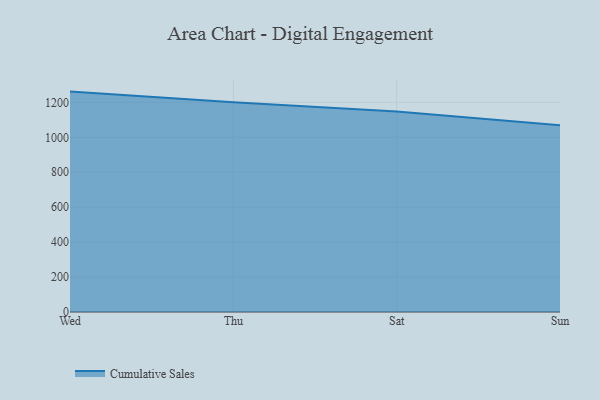
{"axis": {"x": "Day", "y": "Page Views"}, "legend": ["Cumulative Sales"], "data": [{"x": "Wed", "y": 1261.6, "type": "Cumulative Sales"}, {"x": "Thu", "y": 1201.3, "type": "Cumulative Sales"}, {"x": "Sat", "y": 1148.0, "type": "Cumulative Sales"}, {"x": "Sun", "y": 1069.3, "type": "Cumulative Sales"}]}